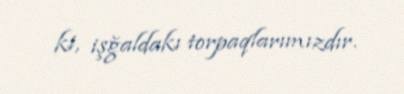
ki, işğaldakı torpaqlarımızdır.